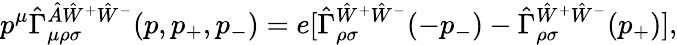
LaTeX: \begin{array}{l}{{\displaystyle p^{\mu}\hat{\Gamma}_{\mu\rho\sigma}^{\hat{A}\hat{W}^{+}\hat{W}^{-}}(p,p_{+},p_{-})=e[\hat{\Gamma}_{\rho\sigma}^{\hat{W}^{+}\hat{W}^{-}}(-p_{-})-\hat{\Gamma}_{\rho\sigma}^{\hat{W}^{+}\hat{W}^{-}}(p_{+})],}}\end{array}